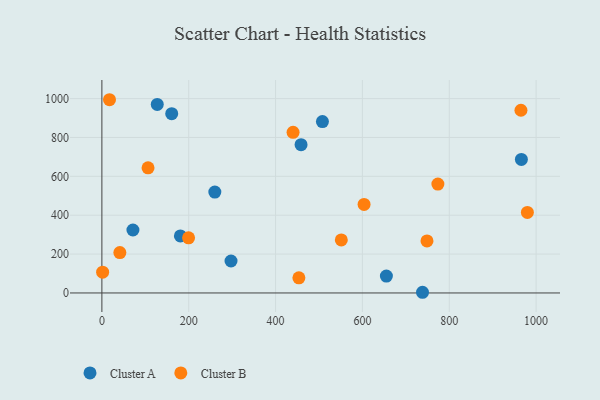
{"axis": {"x": "Engine Size", "y": "Profit"}, "legend": ["Cluster A", "Cluster B"], "data": [{"x": "160.8", "y": 922.2, "type": "Cluster A"}, {"x": "738.4", "y": 3.5, "type": "Cluster A"}, {"x": "458.7", "y": 762.9, "type": "Cluster A"}, {"x": "180.8", "y": 293.3, "type": "Cluster A"}, {"x": "966.1", "y": 686.8, "type": "Cluster A"}, {"x": "71.5", "y": 323.9, "type": "Cluster A"}, {"x": "127.5", "y": 970.2, "type": "Cluster A"}, {"x": "507.9", "y": 881.7, "type": "Cluster A"}, {"x": "297.4", "y": 164.5, "type": "Cluster A"}, {"x": "260.1", "y": 518.8, "type": "Cluster A"}, {"x": "655.2", "y": 86.9, "type": "Cluster A"}, {"x": "603.8", "y": 455.3, "type": "Cluster B"}, {"x": "551.4", "y": 273.0, "type": "Cluster B"}, {"x": "17.5", "y": 994.2, "type": "Cluster B"}, {"x": "773.8", "y": 560.3, "type": "Cluster B"}, {"x": "965.1", "y": 940.0, "type": "Cluster B"}, {"x": "1.7", "y": 107.0, "type": "Cluster B"}, {"x": "199.6", "y": 283.7, "type": "Cluster B"}, {"x": "41.4", "y": 207.8, "type": "Cluster B"}, {"x": "453.7", "y": 77.8, "type": "Cluster B"}, {"x": "440.3", "y": 826.5, "type": "Cluster B"}, {"x": "979.9", "y": 414.5, "type": "Cluster B"}, {"x": "748.7", "y": 267.8, "type": "Cluster B"}, {"x": "106.3", "y": 643.9, "type": "Cluster B"}]}